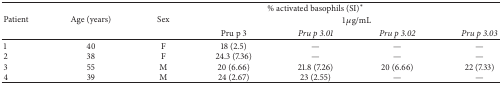
<table><thead><tr><td rowspan="3"><b>Patient</b></td><td rowspan="3"><b>Age (years)</b></td><td rowspan="3"><b>Sex</b></td><td colspan="4"><b>% activated basophils (SI)*</b></td></tr><tr><td colspan="4"><b>1 <i>μ</i>g/mL</b></td></tr><tr><td><b>Pru p 3</b></td><td><b><i>Pru p 3.01 </i></b></td><td><b><i>Pru p 3.02 </i></b></td><td><b><i>Pru p 3.03 </i></b></td></tr></thead><tbody><tr><td>1</td><td>40</td><td>F</td><td>18 (2.5)</td><td>—</td><td>—</td><td>—</td></tr><tr><td>2</td><td>38</td><td>F</td><td>24.3 (7.36)</td><td>—</td><td>—</td><td>—</td></tr><tr><td>3</td><td>55</td><td>M</td><td>20 (6.66)</td><td>21.8 (7.26)</td><td>20 (6.66)</td><td>22 (7.33)</td></tr><tr><td>4</td><td>39</td><td>M</td><td>24 (2.67)</td><td>23 (2.55)</td><td>—</td><td>—</td></tr></tbody></table>